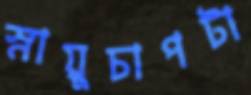
স্নায়ুচাপটা